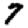
Digit: 7